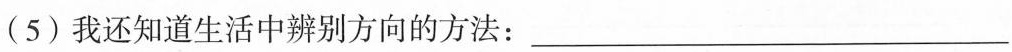
(5) 我还知道生活中辨别方向的方法：___